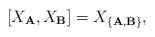
\begin{align*}[X_{\bf A}, X_{\bf B}] = X_{\{{\bf A}, {\bf B}\}},\end{align*}